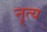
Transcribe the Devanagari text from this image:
नॄत्य